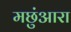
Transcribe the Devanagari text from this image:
मछुंआरा